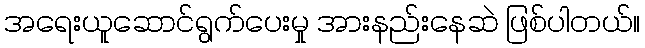
အရေးယူဆောင်ရွက်ပေးမှု အားနည်းနေဆဲ ဖြစ်ပါတယ်။